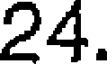
24.